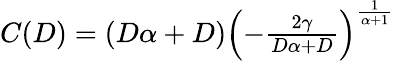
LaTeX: \begin{array}{r}{C(D)=(D\alpha+D)\left(-\frac{2\gamma}{D\alpha+D}\right)^{\frac{1}{\alpha+1}}}\end{array}